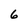
Character: 6